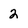
Character: 2